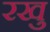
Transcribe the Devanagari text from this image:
रखु